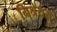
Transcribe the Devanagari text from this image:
निश्रेयस